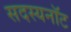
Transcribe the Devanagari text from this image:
सदस्यनॉट